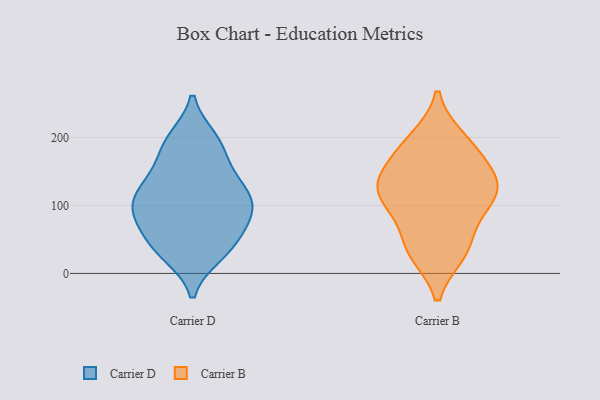
{"axis": {"x": "Latency (ms)", "y": "Value"}, "legend": ["Carrier B", "Carrier D"], "data": [{"x": "", "y": 69, "type": "Carrier D"}, {"x": "", "y": 102, "type": "Carrier D"}, {"x": "", "y": 126, "type": "Carrier D"}, {"x": "", "y": 83, "type": "Carrier D"}, {"x": "", "y": 139, "type": "Carrier D"}, {"x": "", "y": 32, "type": "Carrier D"}, {"x": "", "y": 43, "type": "Carrier D"}, {"x": "", "y": 142, "type": "Carrier D"}, {"x": "", "y": 68, "type": "Carrier D"}, {"x": "", "y": 198, "type": "Carrier D"}, {"x": "", "y": 36, "type": "Carrier D"}, {"x": "", "y": 192, "type": "Carrier D"}, {"x": "", "y": 165, "type": "Carrier D"}, {"x": "", "y": 109, "type": "Carrier D"}, {"x": "", "y": 106, "type": "Carrier D"}, {"x": "", "y": 103, "type": "Carrier D"}, {"x": "", "y": 194, "type": "Carrier D"}, {"x": "", "y": 28, "type": "Carrier D"}, {"x": "", "y": 93, "type": "Carrier D"}, {"x": "", "y": 136, "type": "Carrier B"}, {"x": "", "y": 33, "type": "Carrier B"}, {"x": "", "y": 105, "type": "Carrier B"}, {"x": "", "y": 128, "type": "Carrier B"}, {"x": "", "y": 173, "type": "Carrier B"}, {"x": "", "y": 88, "type": "Carrier B"}, {"x": "", "y": 147, "type": "Carrier B"}, {"x": "", "y": 43, "type": "Carrier B"}, {"x": "", "y": 197, "type": "Carrier B"}, {"x": "", "y": 115, "type": "Carrier B"}, {"x": "", "y": 31, "type": "Carrier B"}, {"x": "", "y": 191, "type": "Carrier B"}, {"x": "", "y": 122, "type": "Carrier B"}]}